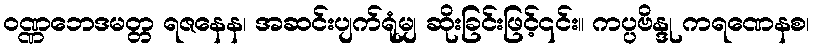
ဝဏ္ဏဘေဒမတ္တ ရဇနေန၊ အဆင်းပျက်ရုံမျှ ဆိုးခြင်းဖြင့်၎င်း။ ကပ္ပဗိန္ဒု ကရဏေနစ၊